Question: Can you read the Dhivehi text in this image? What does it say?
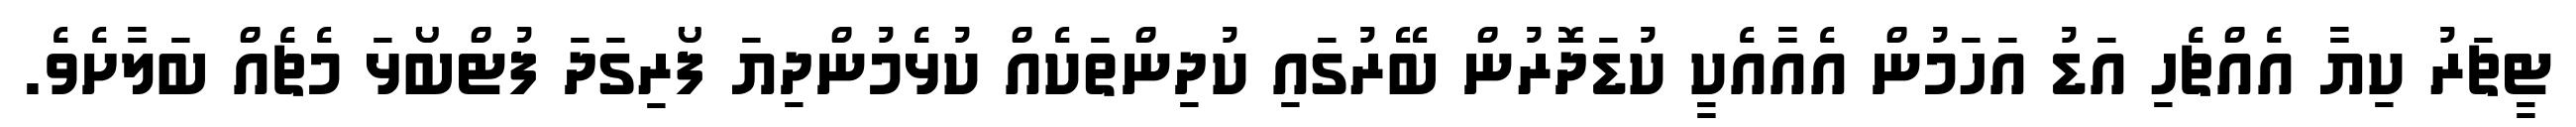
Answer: ޓީޗަރު ކިޔާ އެއްޗެހި އަޑު އަހަމުން އެއާއެކީ ކުޑަދޮރުން ބޭރުގައި ކުދިންތަކެއް ކުޅެމުންދިޔަ ފޯރިގަދަ ފުޓްބޯޅަ މެޗެއް ބަލާށެވެ.